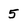
Character: 5